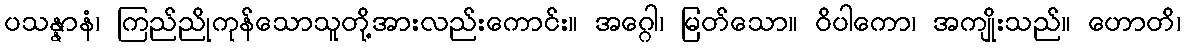
ပသန္နာနံ၊ ကြည်ညိုကုန်သောသူတို့အားလည်းကောင်း။ အဂ္ဂေါ၊ မြတ်သော။ ဝိပါကော၊ အကျိုးသည်။ ဟောတိ၊